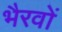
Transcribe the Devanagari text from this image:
भैरवों